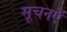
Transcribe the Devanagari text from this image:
सूचनएँ